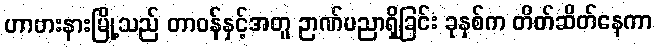
ဟာဗားနားမြို့သည် တာဝန်နှင့်အတူ ဉာဏ်ပညာရှိခြင်း ခုနှစ်က တိတ်ဆိတ်နေကာ